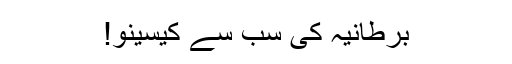
برطانیہ کی سب سے کیسینو!